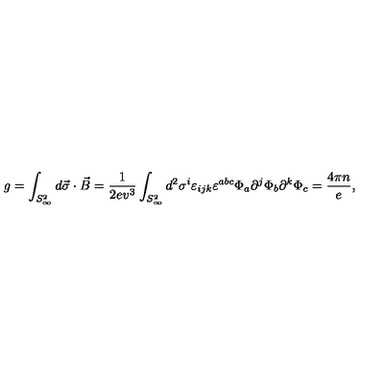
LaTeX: g = \int _ { S _ { \infty } ^ { 2 } } d \vec { \sigma } \cdot \vec { B } = \frac { 1 } { 2 e v ^ { 3 } } \int _ { S _ { \infty } ^ { 2 } } d ^ { 2 } \sigma ^ { i } \varepsilon _ { i j k } \varepsilon ^ { a b c } \Phi _ { a } \partial ^ { j } \Phi _ { b } \partial ^ { k } \Phi _ { c } = \frac { 4 \pi n } { e } ,